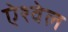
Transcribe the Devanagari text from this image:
ऐश्वेल